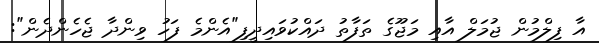
އާ ފިލްމުން ޖުމަލް އާއި މަޖޫގެ ތަފާތު ދައްކުވައިދީފި"އެންމެ ފަހު ވިންދާ ޖެހެންދެން":